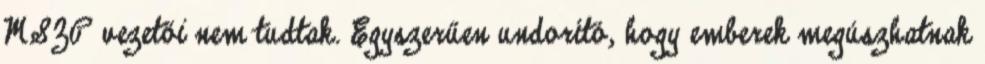
MSZP vezetői nem tudtak. Egyszerűen undorító, hogy emberek megúszhatnak